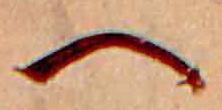
へ